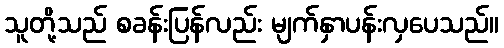
သူတို့သည် စခန်းပြန်လည်း မျက်နှာပန်းလှပေသည်။